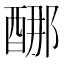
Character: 𰼈